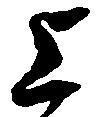
上